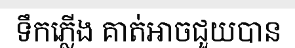
ទឹកភ្លើង គាត់អាចជួយបាន